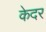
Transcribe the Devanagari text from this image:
केदर